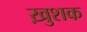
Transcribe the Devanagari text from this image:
ख़ुशक